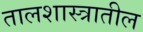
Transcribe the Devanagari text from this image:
तालशास्त्रातील